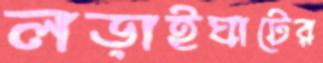
লড়াইঘাটের